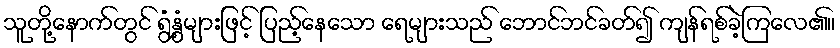
သူတို့နောက်တွင် ရွံ့နွံများဖြင့် ပြည့်နေသော ရေများသည် ဘောင်ဘင်ခတ်၍ ကျန်ရစ်ခဲ့ကြလေ၏။